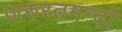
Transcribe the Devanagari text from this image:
जरुरतमन्दो